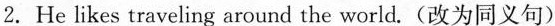
2. He likes traveling around the world.(改为同义句)